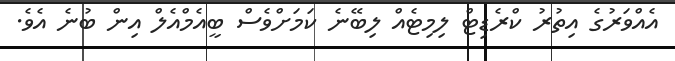
އެއްވަރުގެ އިތުރު ކްރެޑިޓް ލިމިޓެއް ލިބޭނެ ކަމަށްވެސް ބީއެމްއެލް އިން ބުނެ އެވެ.